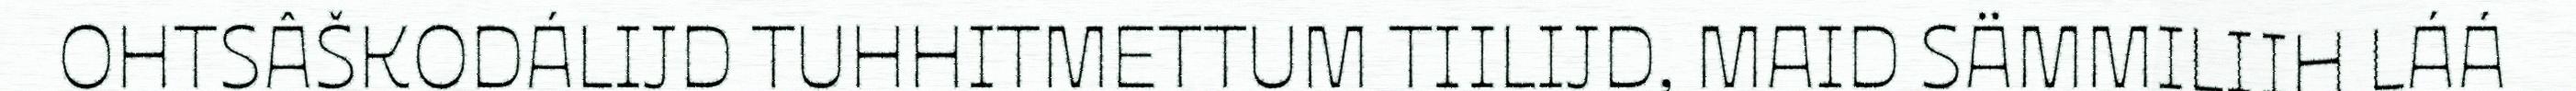
OHTSÂŠKODÁLIJD TUHHITMETTUM TIILIJD, MAID SÄMMILIIH LÁÁ